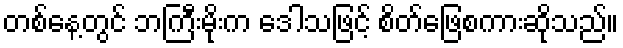
တစ်နေ့တွင် ဘကြီးမိုးက ဒေါသဖြင့် စိတ်ဖြေစကားဆိုသည်။